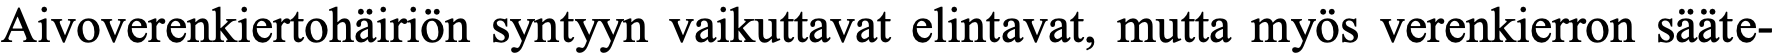
Aivoverenkiertohäiriön syntyyn vaikuttavat elintavat, mutta myös verenkierron sääte-